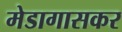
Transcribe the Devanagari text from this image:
मेडागासकर